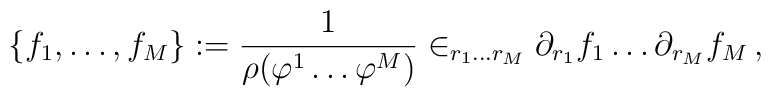
\{f_1,\dots,f_M\}:=\frac{1}{\rho(\varphi^1\dots\varphi^M)}  \in_{r_1\dots r_M}\partial_{r_1}f_1\dots\partial_{r_M}f_M\,,